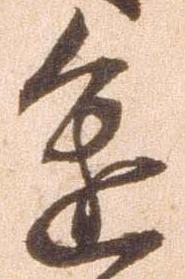
進